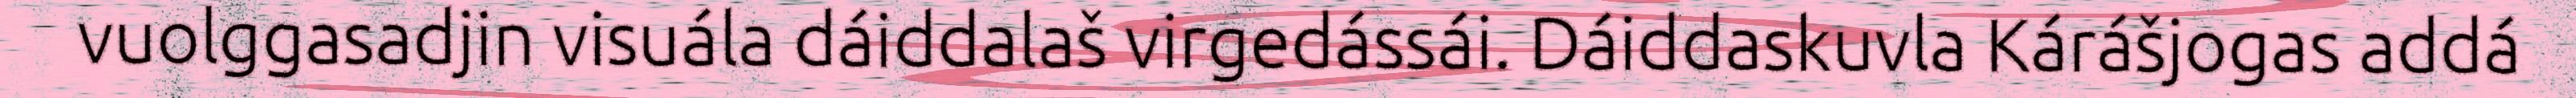
vuolggasadjin visuála dáiddalaš virgedássái. Dáiddaskuvla Kárášjogas addá